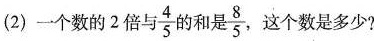
(2)一个数的2倍与\frac{4}{5}的和是\frac{8}{5},这个数是多少?